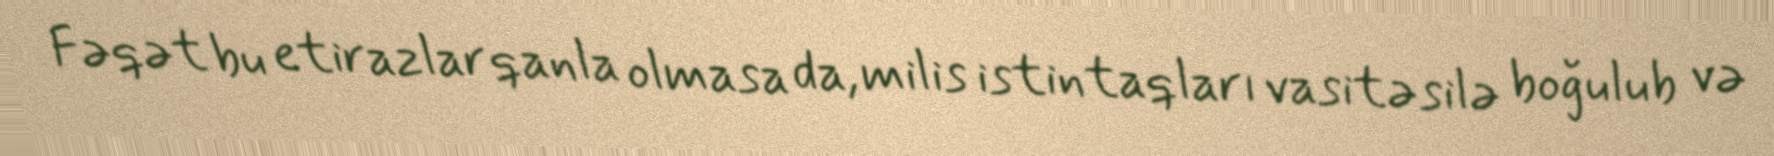
Fəqət bu etirazlar qanla olmasa da, milis istintaqları vasitəsilə boğulub və